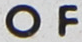
OF